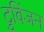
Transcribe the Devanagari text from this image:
टुविंजन